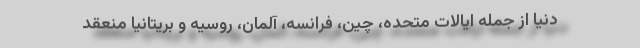
دنیا از جمله ایالات متحده، چین، فرانسه، آلمان، روسیه و بریتانیا منعقد